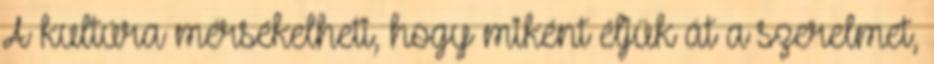
A kultúra mérsékelheti, hogy miként éljük át a szerelmet,